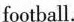
football.